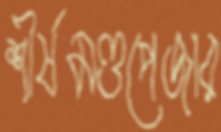
শীর্ষমণ্ডপেজার